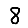
Digit: 8